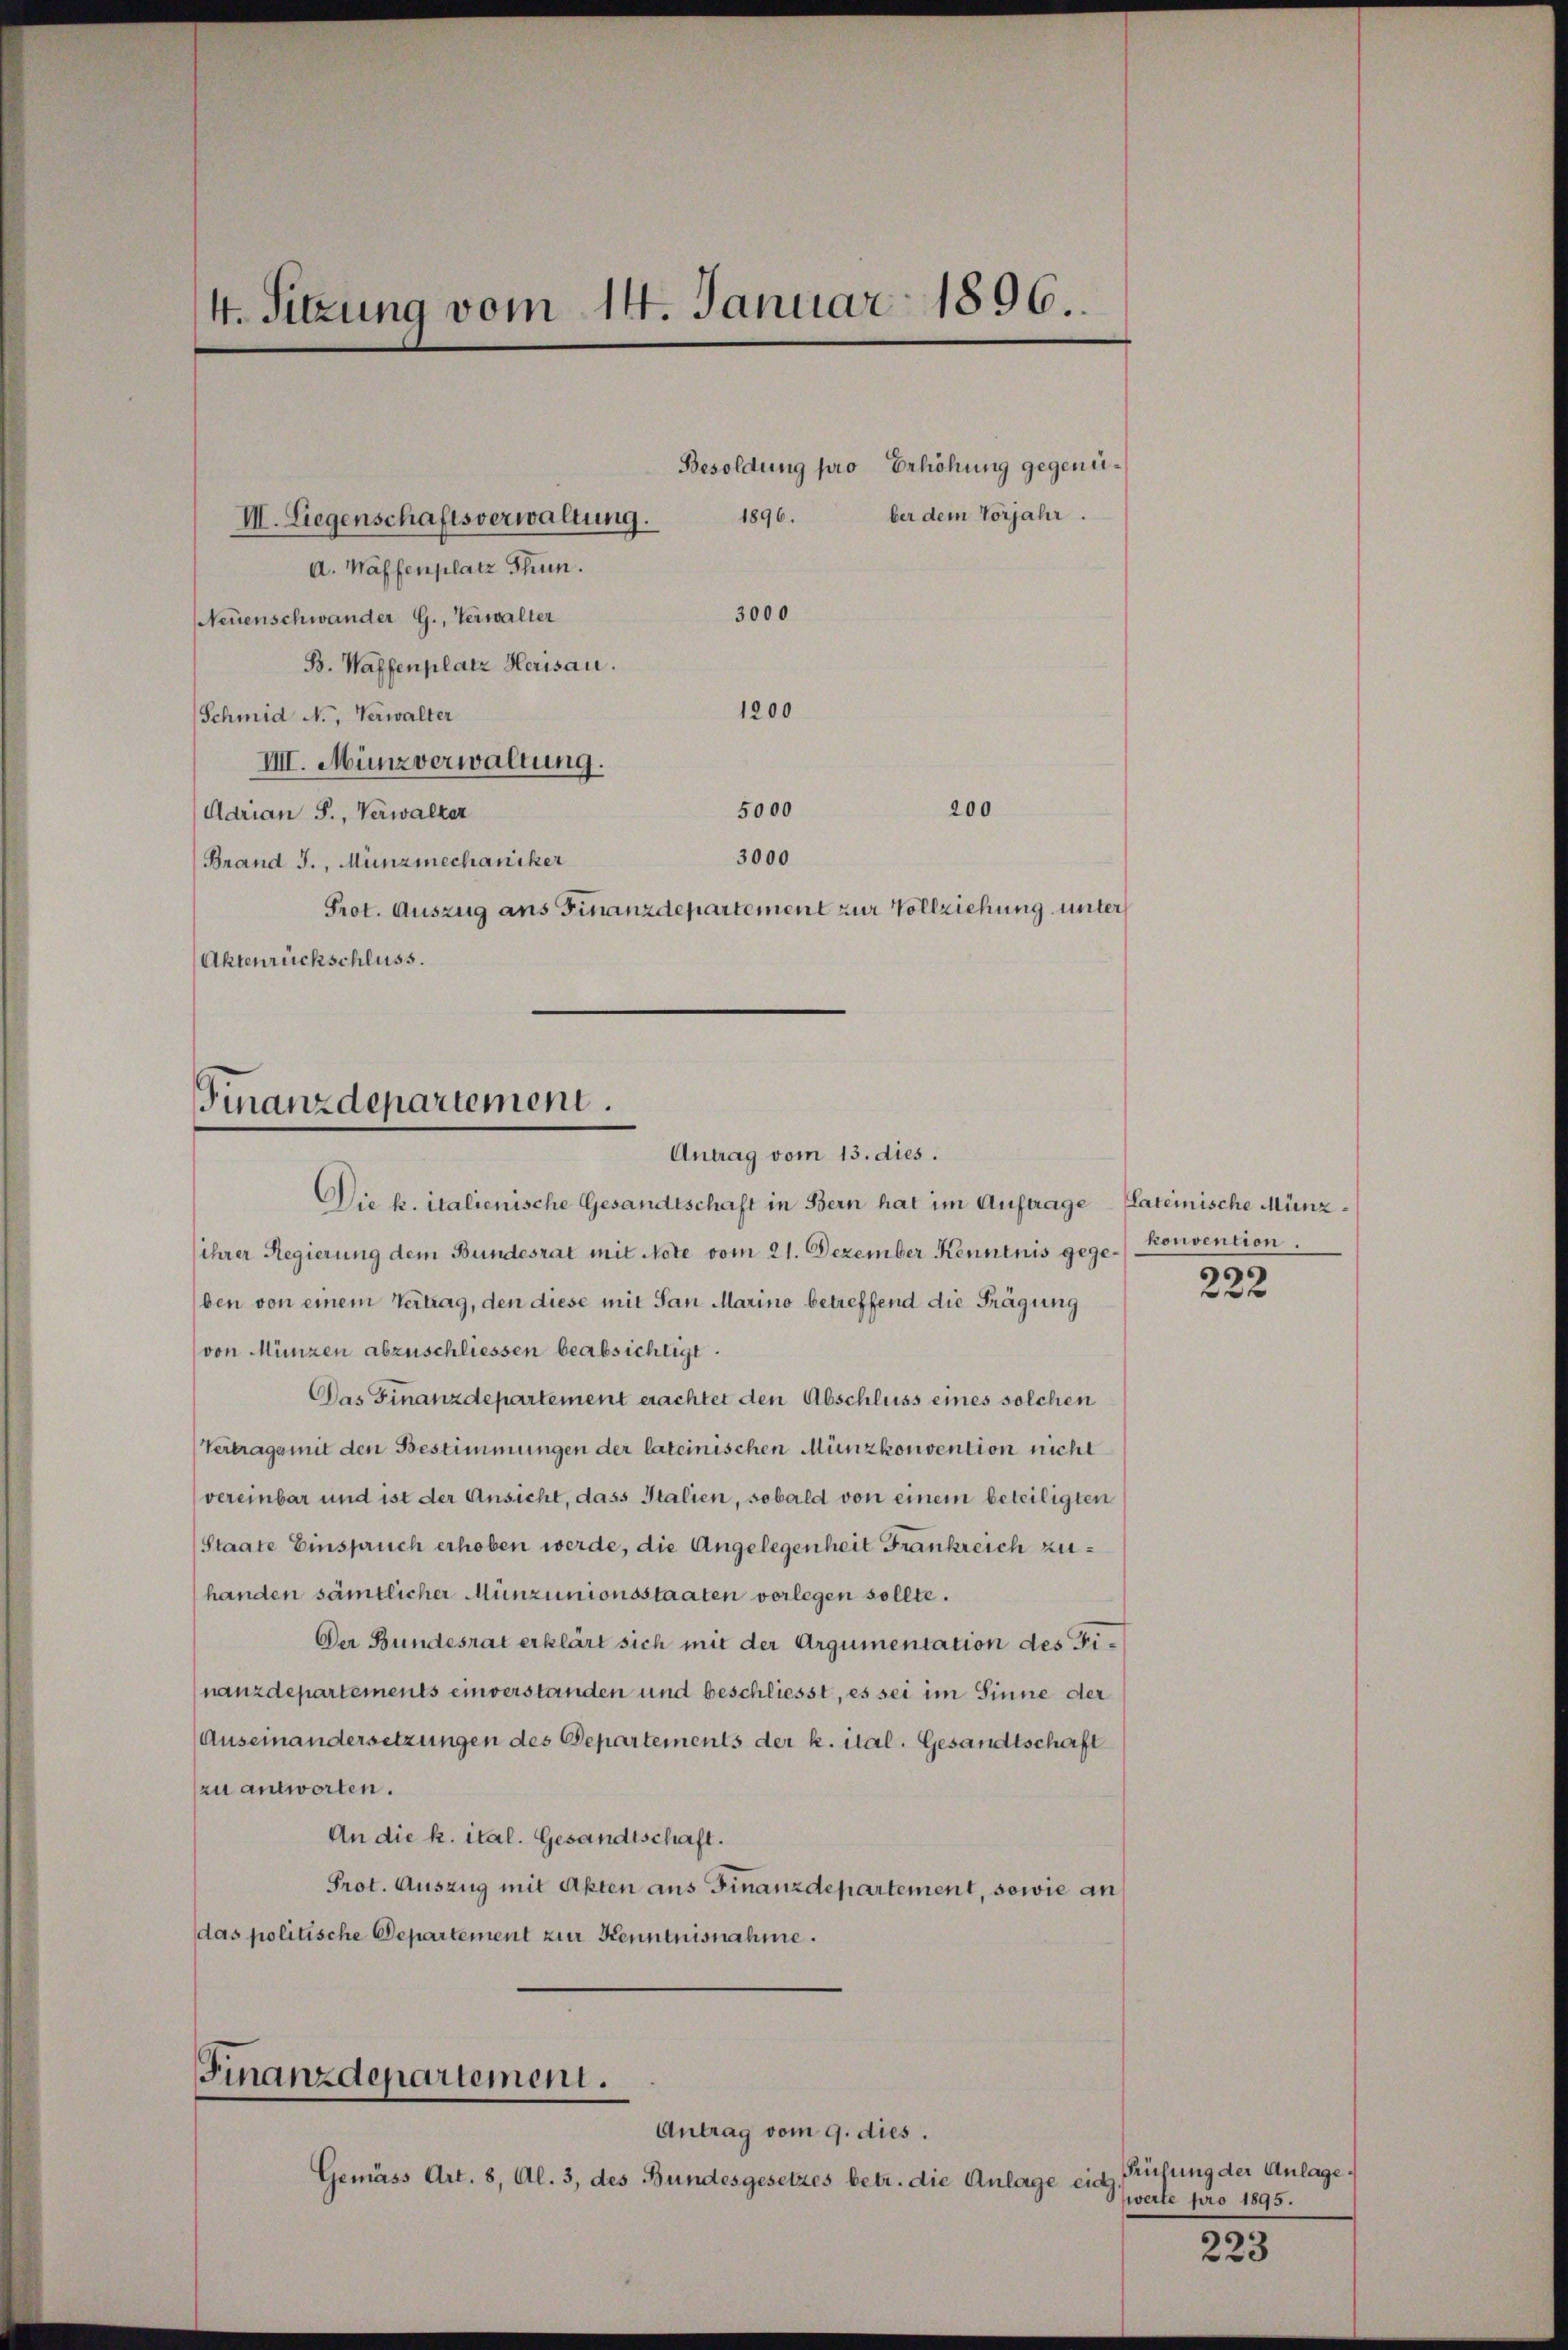
4. Sitzung vom 14. Januar 1896.

V. Liegenschaftsverwaltung.
A. Waffenplatz Thun.
3000
Neuenschwander G., Verwalter
B. Waffenplatz Herisau.
1200
Schmid N., Verwalter
IIII. Münzverwaltung.
5000
Adrian S., Verwalter
3000
(Brand J., Münzmechaniker
Prot. Auszug ans Finanzdepartement zur Vollziehung unter
Aktenrückschluss.

200

1896.

Finanzdepartement
Antrag vom 13. dies.

Besoldung pro Erhöhung gegenüber dem Vorjahr.

Finanzdepartement.
Antrag vom 9. dies.

Gemäss Art. 8, Al. 3, des Bundesgesetzes betr. die Anlage e

Die k. italienische Gesandtschaft in Bern hat im Auftrage Lateinische Münzihrer Regierung dem Bundesrat mit Note vom 21. Dezember Kenntnis gegeben von einem Vertrag, den diese mit San Marino betreffend die Frägung
von Münzen abzuschliessen beabsichtigt.
Das Finanzdepartement erachtet den Abschluss eines solchen
Vertrags mit den Bestimmungen der lateinischen Münzkonvention nicht
vereinbar und ist der Ansicht, dass Italien, sobald von einem beteiligten
Staate Einspruch erhoben werde, die Angelegenheit Frankreich zuhanden sämtlicher Münzunionsstaaten vorlegen sollte.
Der Bundesrat erklärt sich mit der Argumentation des Finanzdepartements einverstanden und beschliesst, es sei im Sinne der
Auseinandersetzungen des Departements der k. ital. Gesandtschaft
zu antworten.
An die k. ital. Gesandtschaft.
Prot. Auszug mit Akten aus Finanzdepartement, sowie an
das politische Departement zur Kenntnisnahme.

konvention.
222

Prüfung der Anlage.
eid
weite pro 1895.

223